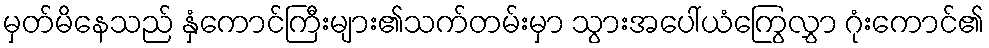
မှတ်မိနေသည် နှံကောင်ကြီးများ၏သက်တမ်းမှာ သွားအပေါ်ယံကြွေလွှာ ဂုံးကောင်၏